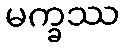
မက္ခဿ